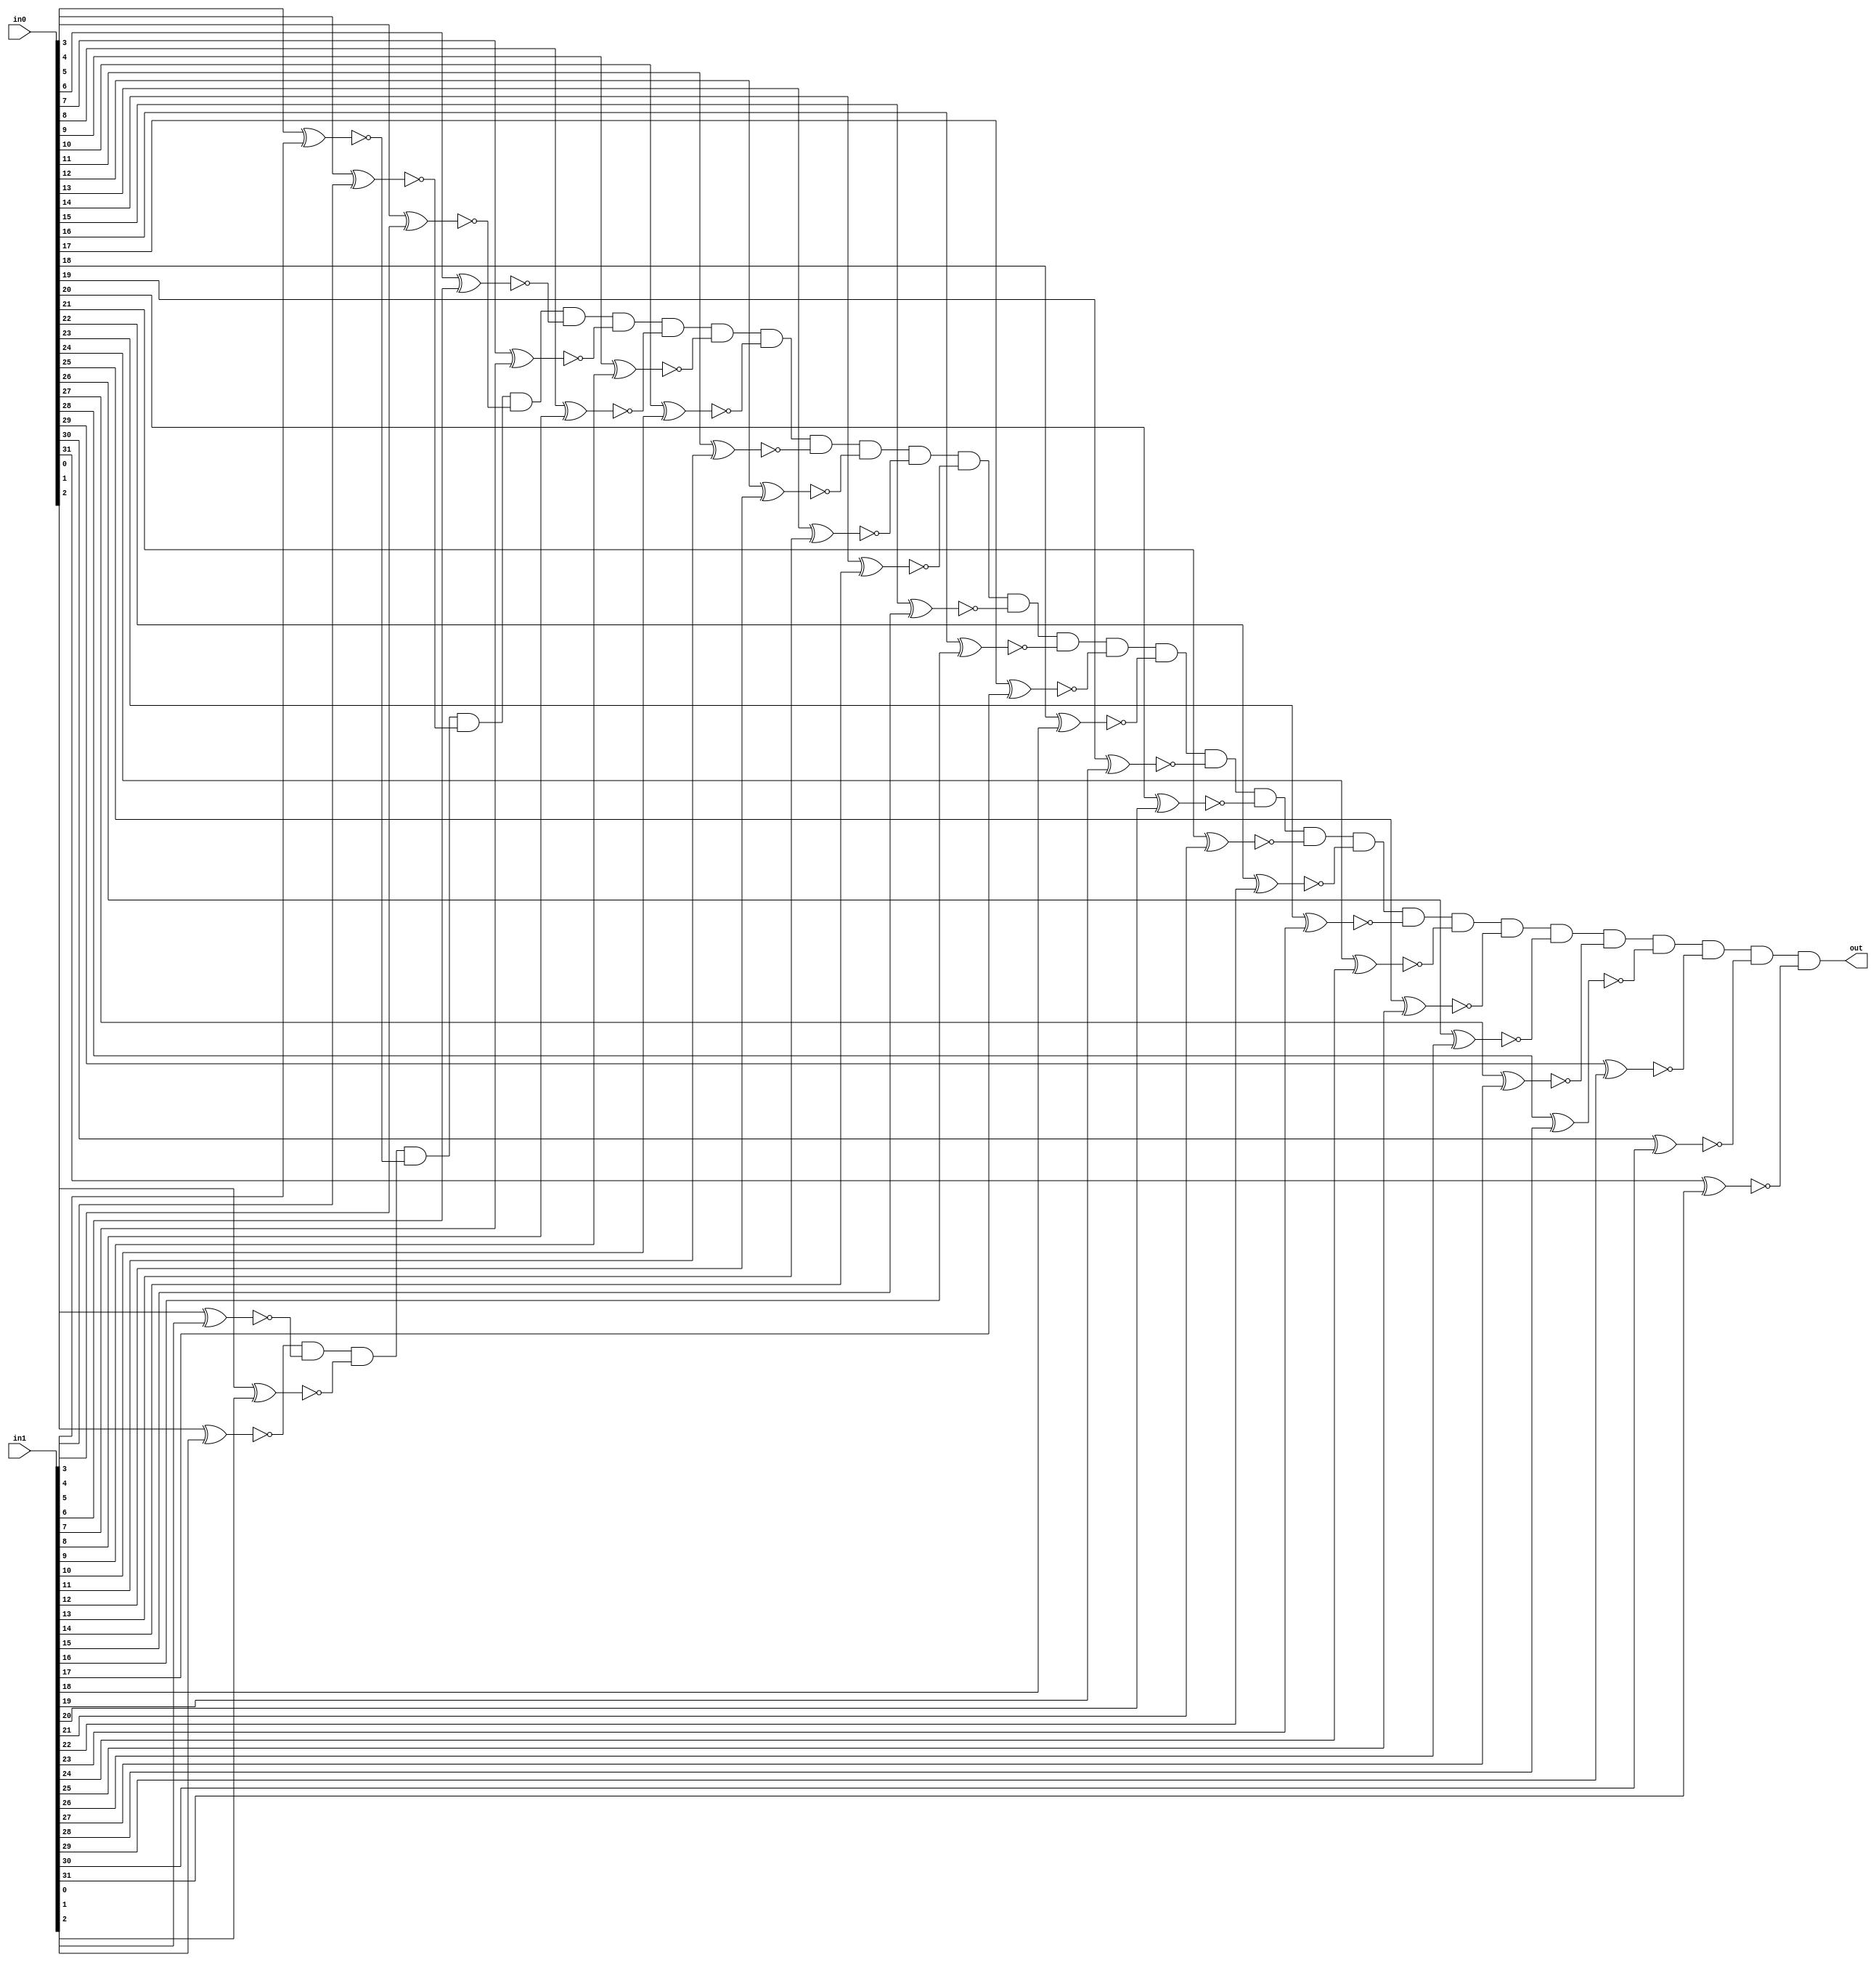
module equality_32(in0, in1, out);

	input [31:0] in0, in1;
	output out;
	
	wire o0, o1, o2, o3, o4, o5, o6, o7, o8, o9, o10, o11, o12, o13, o14, o15, o16, o17, o18, o19, o20, o21, o22, o23, o24, o25, o26, o27, o28, o29, o30, o31;
	xnor my_o0(o0, in0[0], in1[0]);
	xnor my_o1(o1, in0[1], in1[1]);
	xnor my_o2(o2, in0[2], in1[2]);
	xnor my_o3(o3, in0[3], in1[3]);
	xnor my_o4(o4, in0[4], in1[4]);
	xnor my_o5(o5, in0[5], in1[5]);
	xnor my_o6(o6, in0[6], in1[6]);
	xnor my_o7(o7, in0[7], in1[7]);
	xnor my_o8(o8, in0[8], in1[8]);
	xnor my_o9(o9, in0[9], in1[9]);
	xnor my_o10(o10, in0[10], in1[10]);
	xnor my_o11(o11, in0[11], in1[11]);
	xnor my_o12(o12, in0[12], in1[12]);
	xnor my_o13(o13, in0[13], in1[13]);
	xnor my_o14(o14, in0[14], in1[14]);
	xnor my_o15(o15, in0[15], in1[15]);
	xnor my_o16(o16, in0[16], in1[16]);
	xnor my_o17(o17, in0[17], in1[17]);
	xnor my_o18(o18, in0[18], in1[18]);
	xnor my_o19(o19, in0[19], in1[19]);
	xnor my_o20(o20, in0[20], in1[20]);
	xnor my_o21(o21, in0[21], in1[21]);
	xnor my_o22(o22, in0[22], in1[22]);
	xnor my_o23(o23, in0[23], in1[23]);
	xnor my_o24(o24, in0[24], in1[24]);
	xnor my_o25(o25, in0[25], in1[25]);
	xnor my_o26(o26, in0[26], in1[26]);
	xnor my_o27(o27, in0[27], in1[27]);
	xnor my_o28(o28, in0[28], in1[28]);
	xnor my_o29(o29, in0[29], in1[29]);
	xnor my_o30(o30, in0[30], in1[30]);
	xnor my_o31(o31, in0[31], in1[31]);
	
	and my_out(out, o0, o1, o2, o3, o4, o5, o6, o7, o8, o9, o10, o11, o12, o13, o14, o15, o16, o17, o18, o19, o20, o21, o22, o23, o24, o25, o26, o27, o28, o29, o30, o31);

endmodule